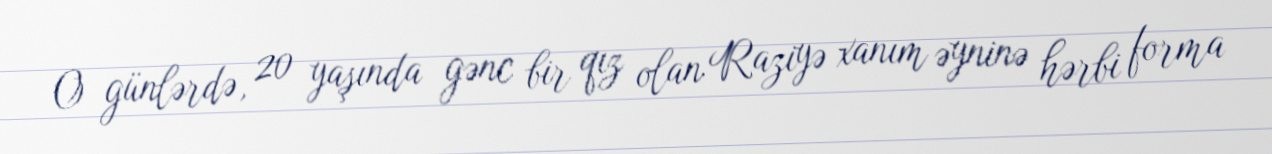
O günlərdə, 20 yaşında gənc bir qız olan Raziyə xanım əyninə hərbi forma